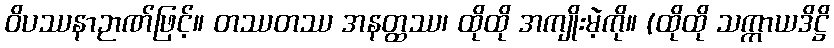
ဝိပဿနာဉာဏ်ဖြင့်။ တဿတဿ အနတ္ထဿ၊ ထိုထို အကျိုးမဲ့ကို။ (ထိုထို သက္ကာယဒိဋ္ဌိ